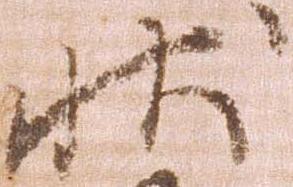
状